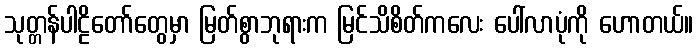
သုတ္တန်ပါဠိတော်တွေမှာ မြတ်စွာဘုရားက မြင်သိစိတ်ကလေး ပေါ်လာပုံကို ဟောတယ်။